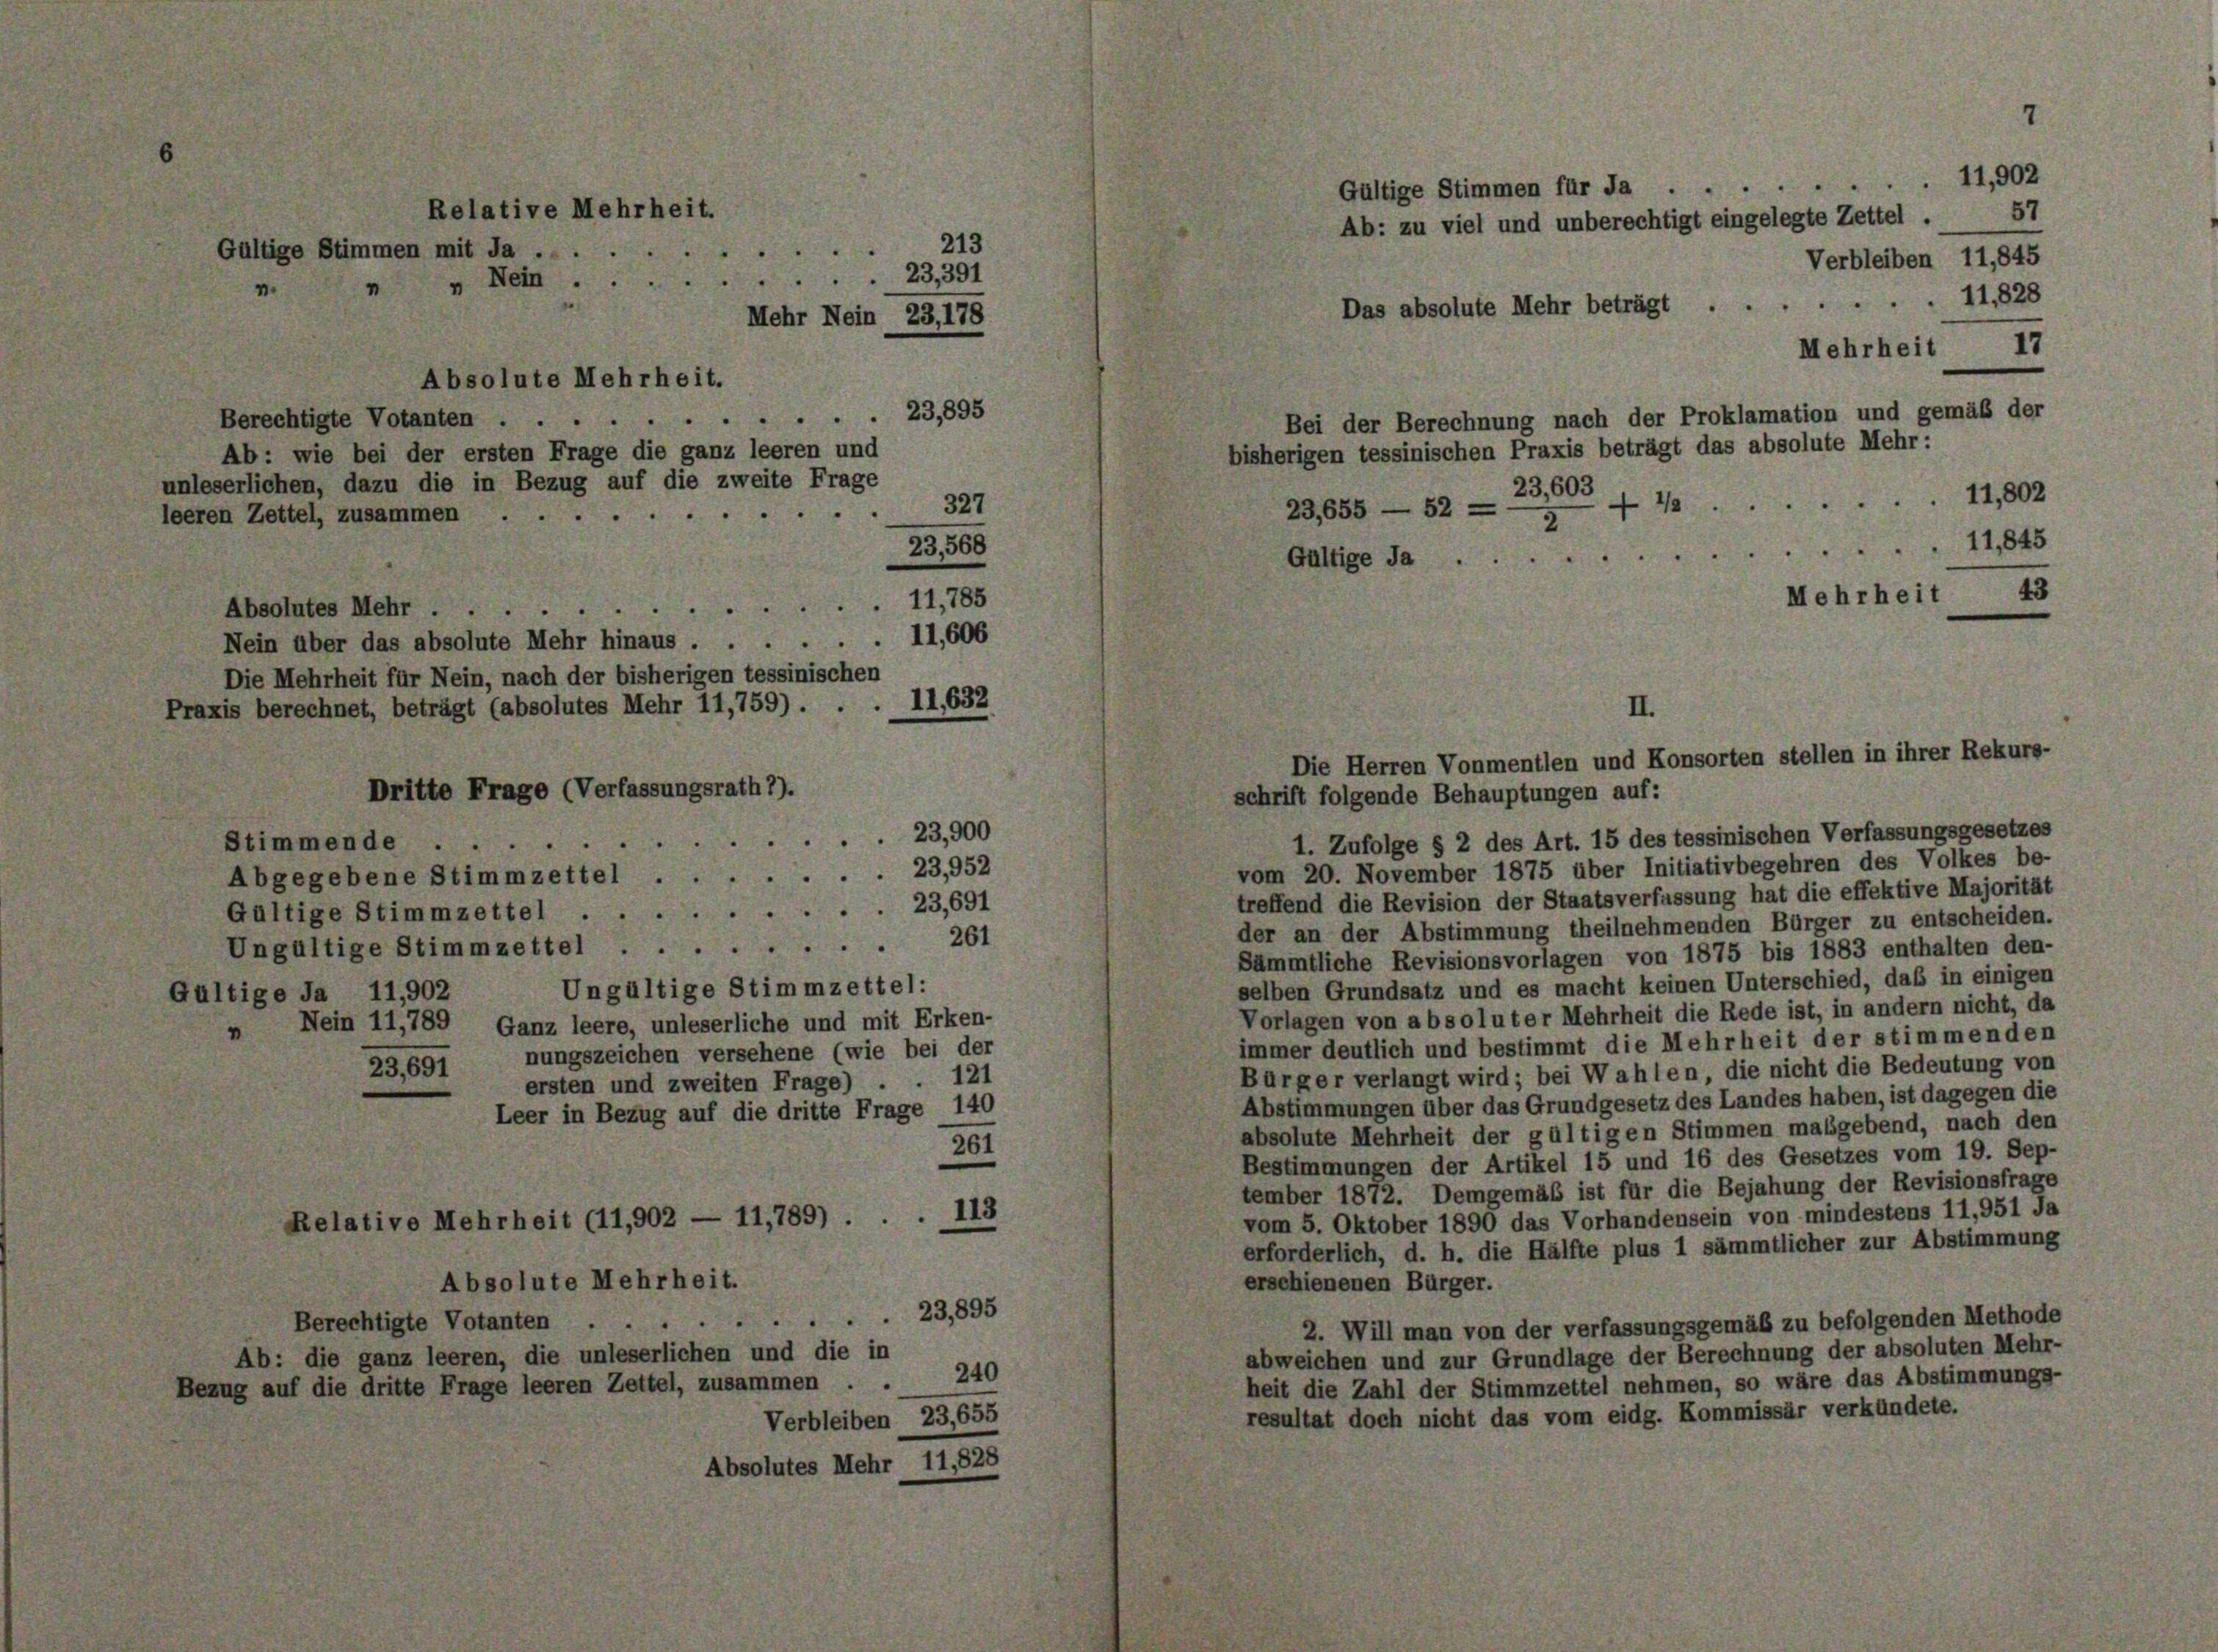
Relative Mehrheit.
Gültige Stimmen mit Ja
„ Nein.23,391
n

Absolute Mehrheit.

213
.
Mehr Nein 23,178

Berechtigte Votanten . . .
Ab: wie bei der ersten Frage die ganz leeren und
unleserlichen, dazu die in Bezug auf die zweite Frage
 . . . .
leeren Zettel, zusammen
.
Absolutes Mehr .
Nein über das absolute Mehr hinaus . . .
Die Mehrheit für Nein, nach der bisherigen tessinischen
Praxis berechnet, beträgt (absolutes Mehr 11,759) . . . 11,632
Dritte Frage (Verfassungsrath 1).
23,900
1. Zufolge § 2 des Art. 15 des tessinischen Verfassungsgesetzes
Stimmende
vom 20. November 1875 über Initiativbegehren des Volkes be-
23,952
Abgegebene Stimmzettel ..
treffend die Revision der Staatsverfassung hat die effektive Majorität
23,691
Gültige Stimmzettel
der an der Abstimmung theilnehmenden Bürger zu entscheiden.
261
Ungültige Stimmzettel
Sämmtliche Revisionsvorlagen von 1875 bis 1883 enthalten den-
selben Grundsatz und es macht keinen Unterschied, daß in einigen
Ungültige Stimmzettel:
Gültige Ja 11,902
Vorlagen von absoluter Mehrheit die Rede ist, in andern nicht, da
Nein 11,789
Ganz leere, unleserliche und mit Erken-
v
immer deutlich und bestimmt die Mehrheit der stimmenden
23,691 nungszeichen versehene (wie bei der
Bürger verlangt wird; bei Wahlen, die nicht die Bedeutung von
121
ersten und zweiten Frage) .
Abstimmungen über das Grundgesetz des Landes haben, ist dagegen die
Leer in Bezug auf die dritte Frage 140
absolute Mehrheit der gültigen Stimmen maßgebend, nach den
261
Bestimmungen der Artikel 15 und 16 des Gesetzes vom 19. Sep-
tember 1872. Demgemäß ist für die Bejahung der Revisionsfrage
.113
vom 5. Oktober 1890 das Vorhandensein von mindestens 11,951 Ja
Relative Mehrheit (11,902 — 11,789).
erforderlich, d. h. die Hälfte plus 1 sämmtlicher zur Abstimmung
Absolute Mehrheit.
erschienenen Bürger.
23,895
Berechtigte Votanten .
2. Will man von der verfassungsgemäß zu befolgenden Methode
abweichen und zur Grundlage der Berechnung der absoluten Mehr-
Ab: die ganz leeren, die unleserlichen und die in
240
heit die Zahl der Stimmzettel nehmen, so wäre das Abstimmungs-
Bezug auf die dritte Frage leeren Zettel, zusammen . .
resultat doch nicht das vom eidg. Kommissär verkündete.
Verbleiben 23,655
Absolutes Mehr 11,828

23,895
327
23568
11,785
11,600

11,902
Gültige Stimmen für Ja
Verbleiben 11,845
Das absolute Mehr beträgt 11828
Mehrheit

Ab: zu viel und unberechtigt eingelegte Zettel . 57

23,655 — 52—5
11,845
Gültige Ja
Mehrheit 43

Bei der Berechnung nach der Proklamation und gemäß der
bisherigen tessinischen Praxis beträgt das absolute Mehr:
23,603
1

17

11,802

II.
Die Herren Vonmentlen und Konsorten stellen in ihrer Rekurs-
schrift folgende Behauptungen auf: